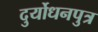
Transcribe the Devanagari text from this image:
दुर्योधनपुत्र